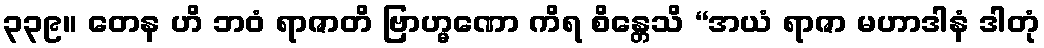
၃၃၉။ တေန ဟိ ဘဝံ ရာဇာတိ ဗြာဟ္မဏော ကိရ စိန္တေသိ “အယံ ရာဇာ မဟာဒါနံ ဒါတုံ